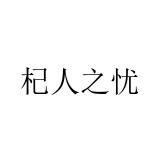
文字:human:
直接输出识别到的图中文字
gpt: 杞人之忧